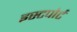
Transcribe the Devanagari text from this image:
इस्टपोर्ट